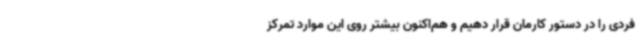
فردی را در دستور کارمان قرار دهیم و هم‌اکنون بیشتر روی این موارد تمرکز